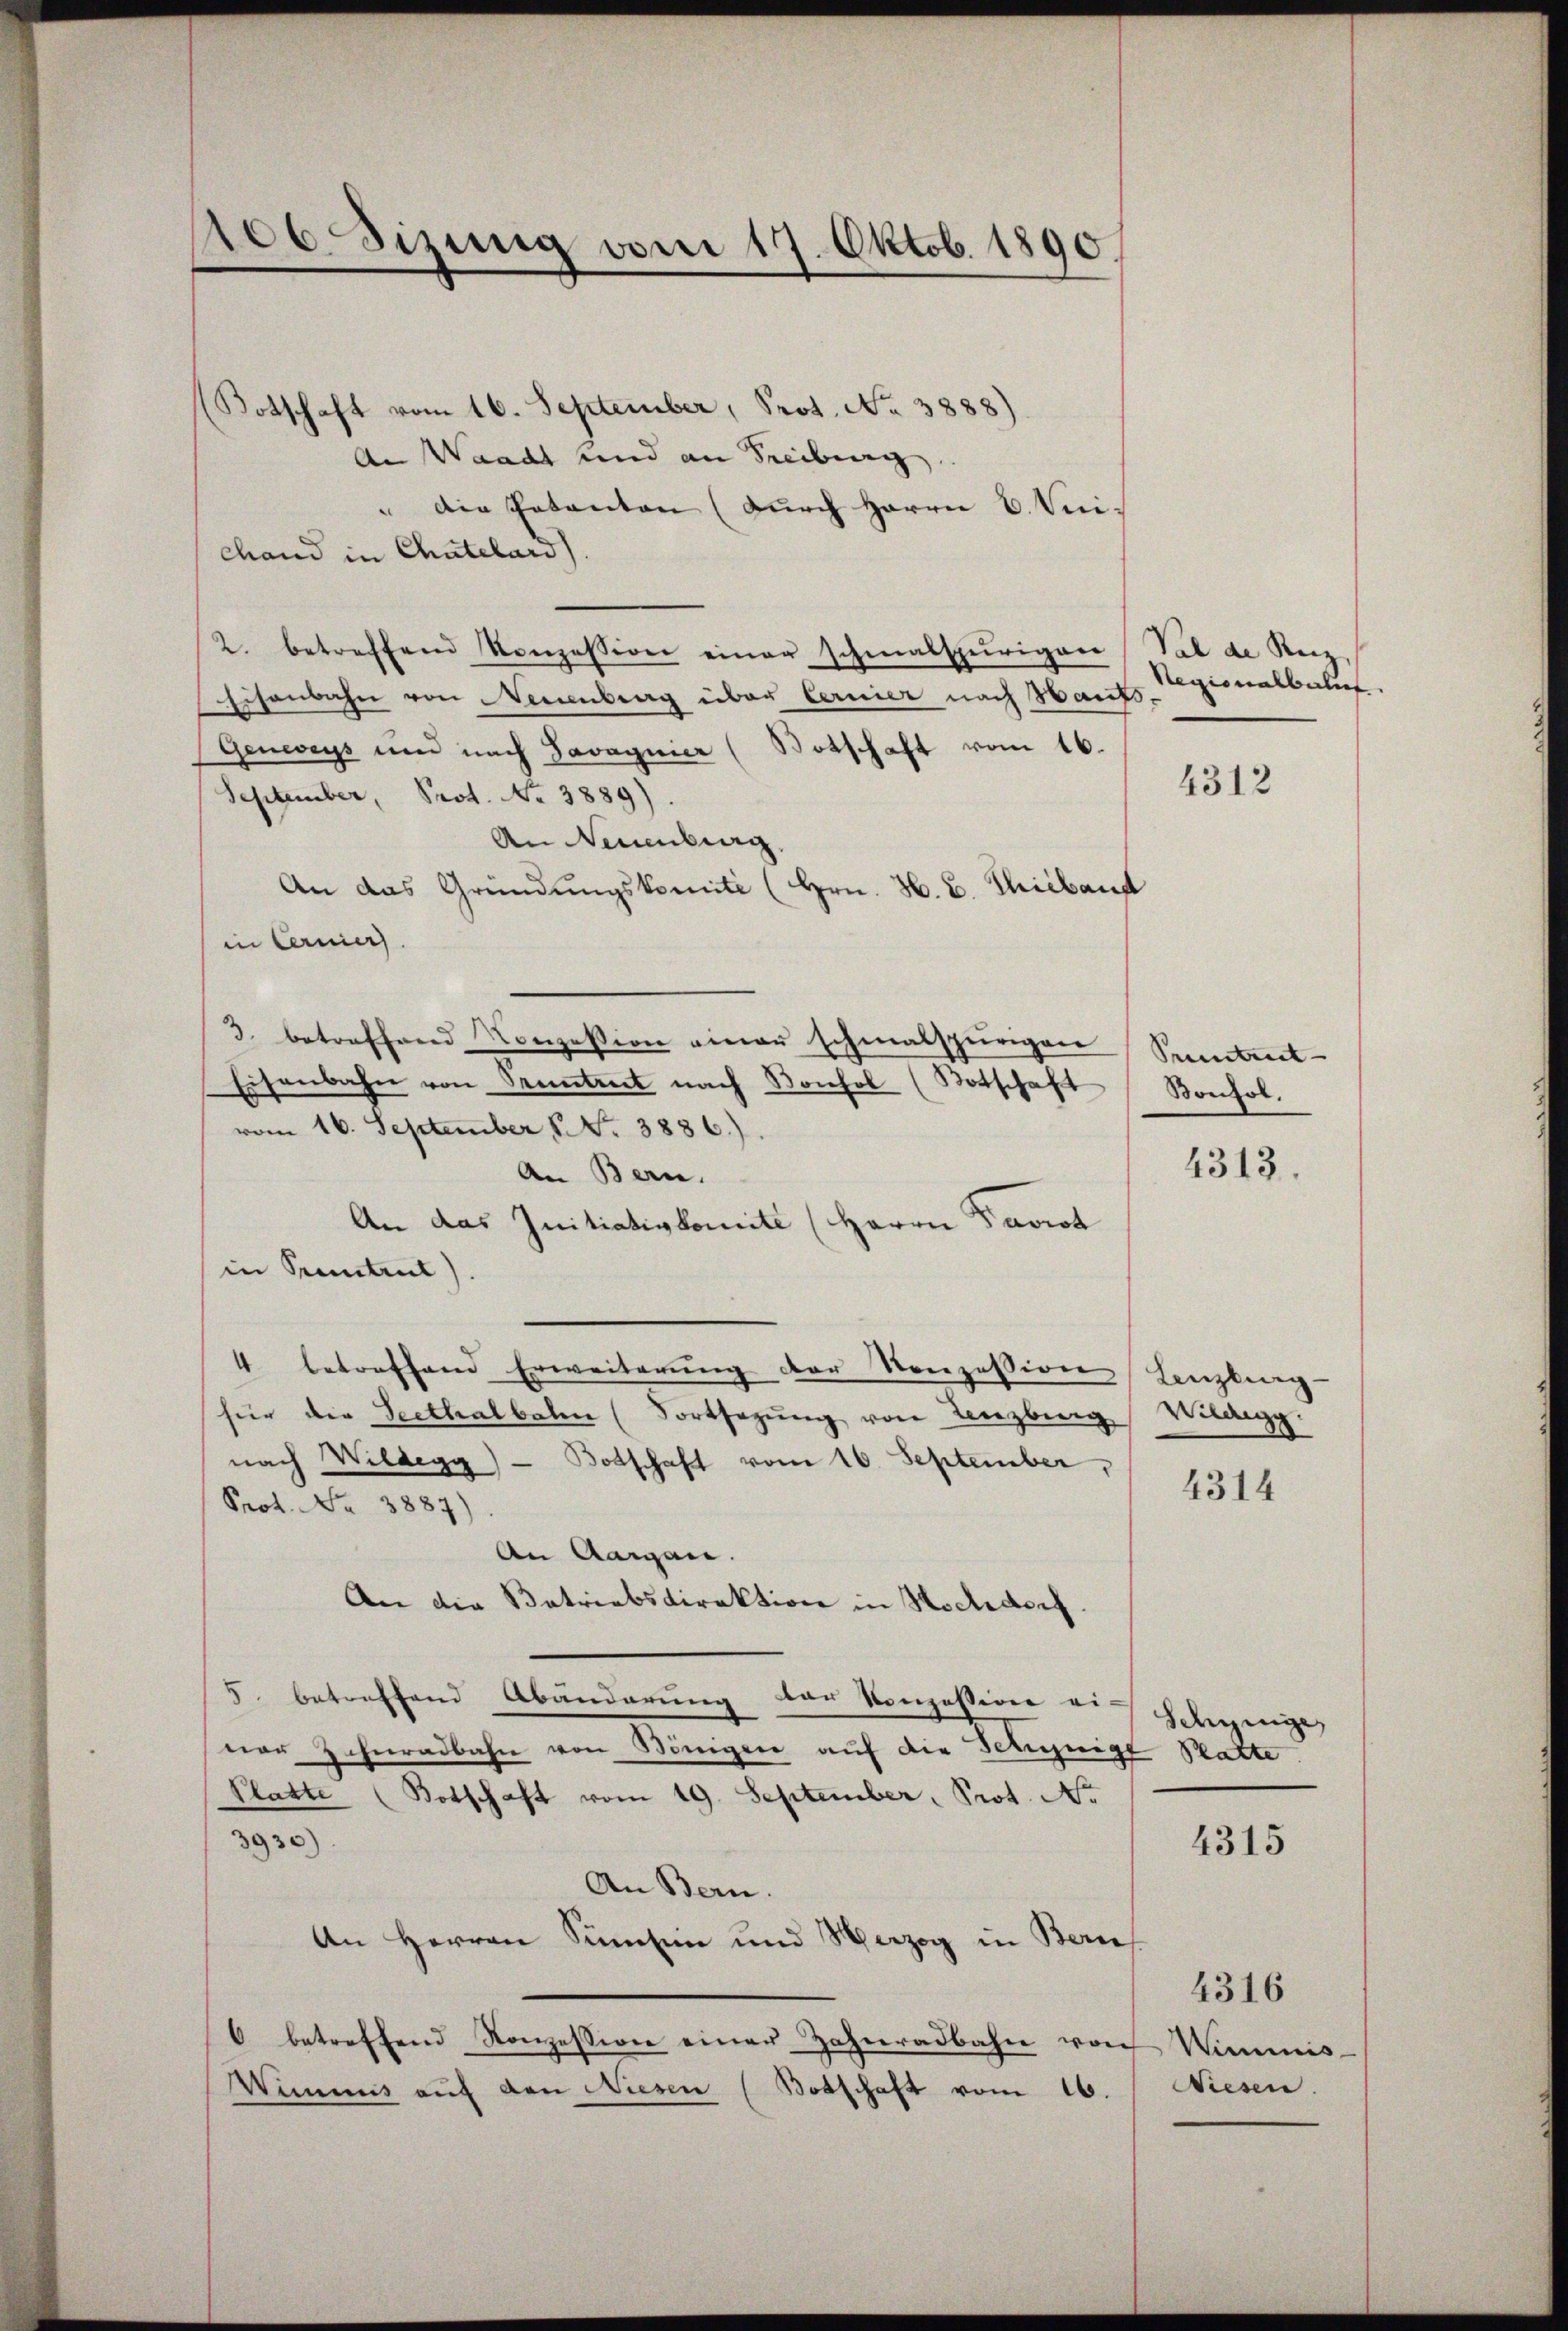
106. Sizung vom 17. Oktob. 1890.

(Botschaft vom 16. September, Prot. No 3888).
An Waadt und an Freiburg
" Die Patenten (durch Herrn C. Vuichand in Chatelard).
2. betreffend Konzession einer schmalspurigen
Eisenbahn von Neuenburg über Cernier nach Hants,
Genwegs und nach Javagnier (Botschaft vom 16.
September, Prot. No 3889)
An Neuenburg.
An das Gründungskomité (Hrn. H. B. Thibaus
in Cerniers.
3. betreffend Conzession einer schmalspurigen
Eisenbahn von Sentreet nach Konhol (Botschaft
vom 16. September 1. No. 3886).
An Bern.
An das Initiativkomite (Herrn Paviot
in Pruntrut).
4 betreffend Erweiterung der Konzession
für die Seethalbalen (Fortsetzŭng von Lenzberg Vilaegg.
nach Wildegg - Botschaft vom 16. September,
Prot. Nr. 3887).
An Aargau.
An die Betriebsdirektion in Hochdorf.
5. betreffend Abänderung der Konzession ei-
ner Zehnradbahn von Königen auf die Schynige Platte
Platte (Botschaft vom 19. September, Prot. No
3930)
An Bern.
An Herren Simsen und Verzog in Bern
6 betreffend Konzession einer Zahnradbahn von
Wimmnis auf den Niesen (Botschaft vom 16.

Val de Reiz
Regionalbachen.

4312

Pentent- |
Konhol.

4313.

Lenzburg

4314

Schynige

4315

Wiminis
Wiesen.

4316